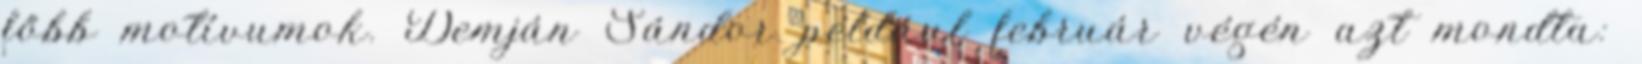
főbb motívumok. Demján Sándor például február végén azt mondta: